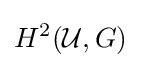
H^{2}({\mathcal {U}},G)